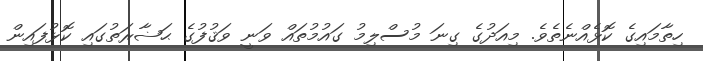
ހިތާމައިގެ ކޮޅެއްނެތެވެ. މިއަދުގެ ގިނަ މުސްލިމު ގައުމުތައް ވަނީ ވަޤުފުގެ ޙަޟާރަތުގައި ކޮޅުފައިން